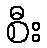
စီး